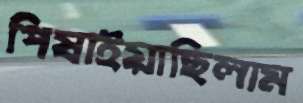
পিষাইয়াছিলাম